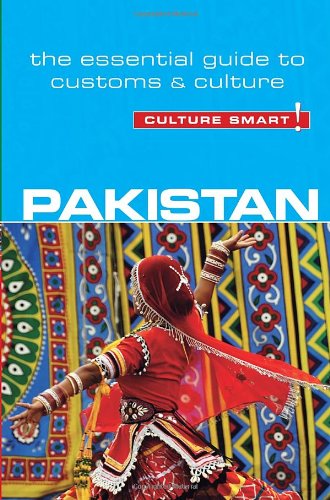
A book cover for Pakistan - Culture Smart!: The Essential Guide to Customs & Culture; Safia Haleem; History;